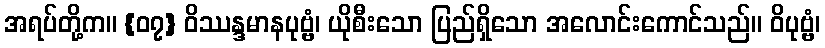
အရပ်တို့က။ {၀၇} ဝိဿန္ဒမာနပုဗ္ဗံ၊ ယိုစီးသော ပြည်ရှိသော အလောင်းကောင်သည်။ ဝိပုဗ္ဗံ၊